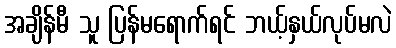
အချိန်မီ သူ ပြန်မရောက်ရင် ဘယ့်နှယ်လုပ်မလဲ